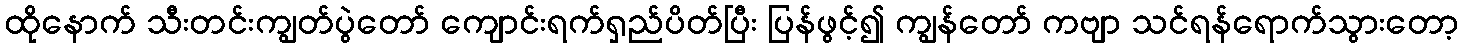
ထိုနောက် သီးတင်းကျွတ်ပွဲတော် ကျောင်းရက်ရှည်ပိတ်ပြီး ပြန်ဖွင့်၍ ကျွန်တော် ကဗျာ သင်ရန်ရောက်သွားတော့